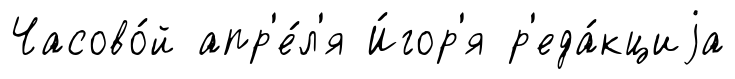
Часово́й апр'е́л'я И́гор'я р'еда́кциjа